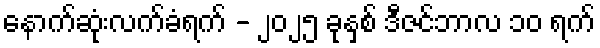
နောက်ဆုံးလက်ခံရက် - ၂၀၂၅ ခုနှစ် ဒီဇင်ဘာလ ၁၀ ရက်